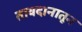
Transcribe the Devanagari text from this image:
तावदानातून